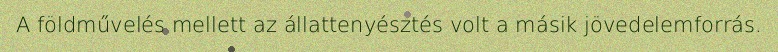
A földművelés mellett az állattenyésztés volt a másik jövedelemforrás.